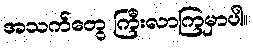
အသက်တွေ ကြီးလာကြမှာပါ။